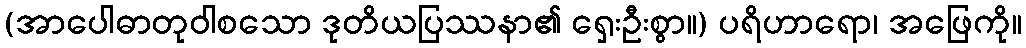
(အာပေါဓာတုဝါစသော ဒုတိယပြဿနာ၏ ရှေးဦးစွာ။) ပရိဟာရော၊ အဖြေကို။